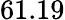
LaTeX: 61.19